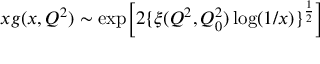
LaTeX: x g ( x , Q ^ { 2 } ) \sim \exp \biggl [ 2 \{ \xi ( Q ^ { 2 } , Q _ { 0 } ^ { 2 } ) \log ( 1 / x ) \} ^ { \frac { 1 } { 2 } } \biggr ]